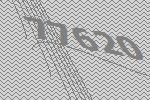
77620